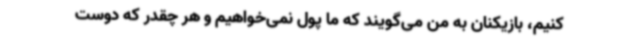
کنیم، بازیکنان به من می‌گویند که ما پول نمی‌خواهیم و هر چقدر که دوست